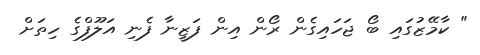
" ކާމޭޒުގައި ބޯ ޖަހައިގެން ރޯން އިން ފަޒީނާ ފެނި އަލޫފްގެ ހިތަށް